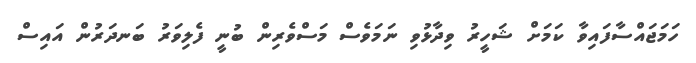
ހަމަޖައްސާފައިވާ ކަމަށް ޝަހީރު ވިދާޅުވި ނަަމަވެސް މަސްވެރިން ބުނީ ފެލިވަރު ބަނދަރުން އައިސް